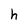
Character: h